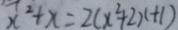
x ^ { 2 } + x = 2 ( x ^ { 2 } + 2 x + 1 )